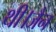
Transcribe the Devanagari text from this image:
थी।जैन